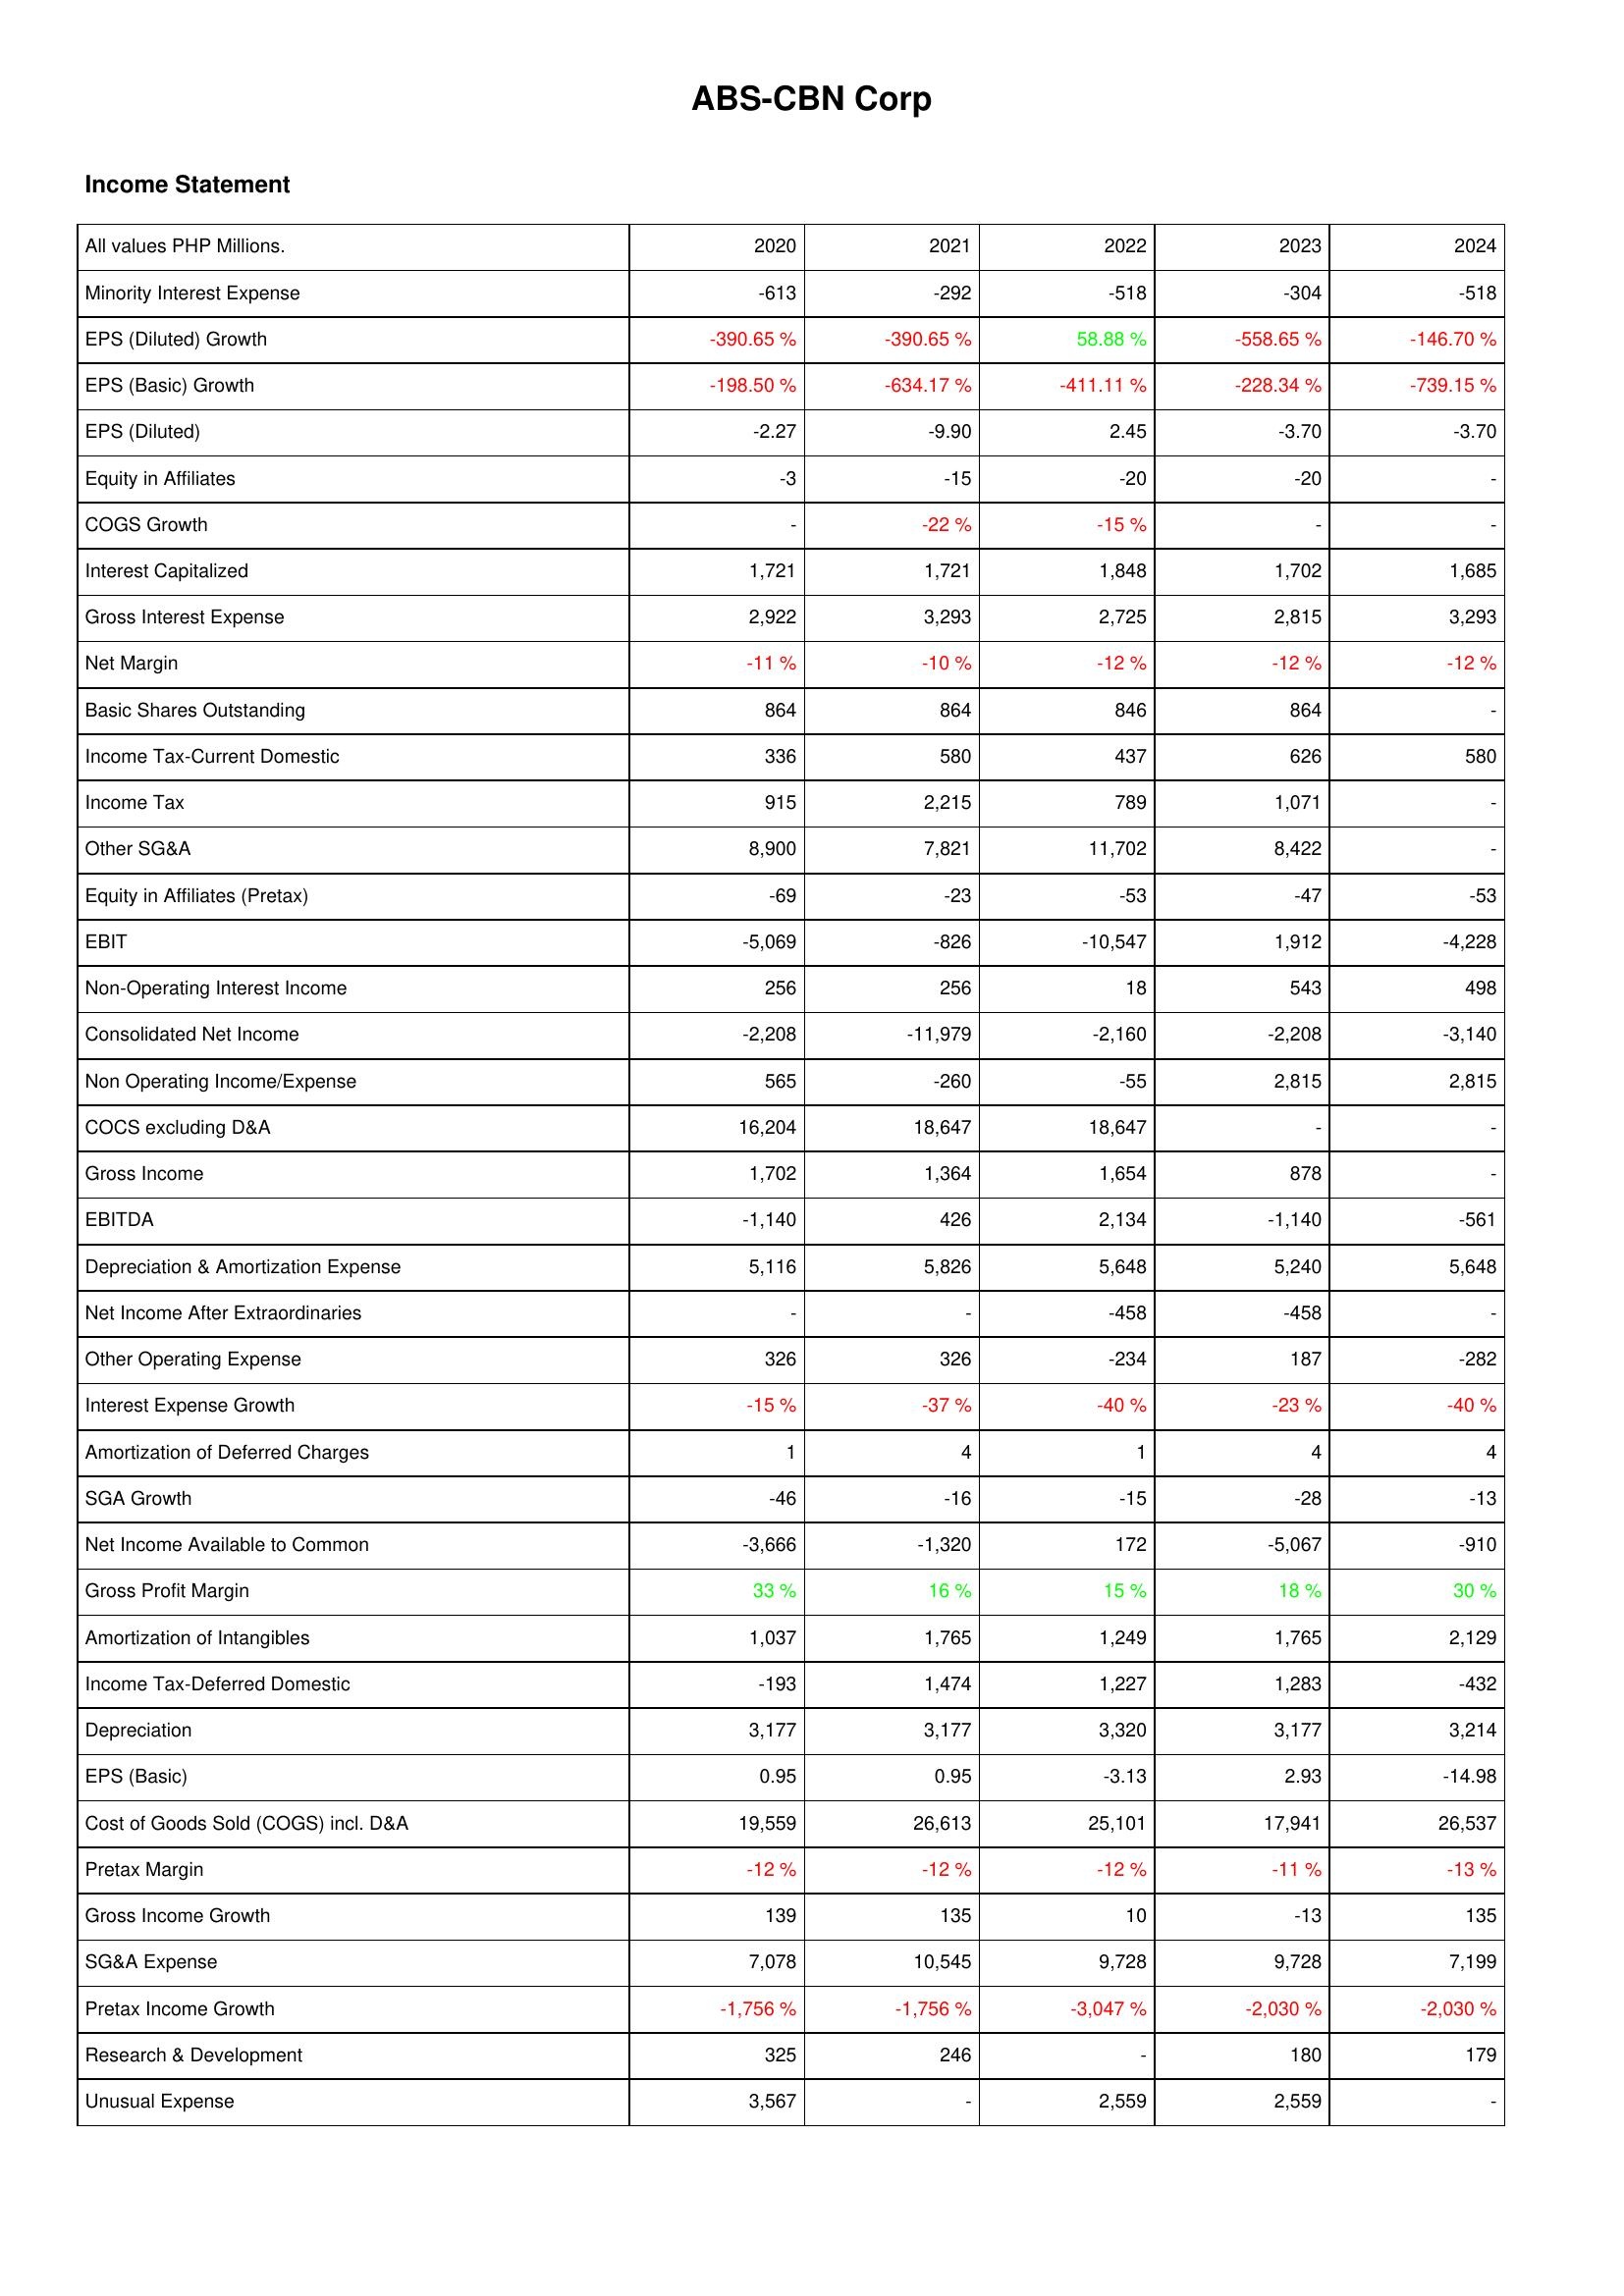
2020: Income Statement: Minority Interest Expense: -613
EPS (Diluted) Growth: -390.65 %
EPS (Basic) Growth: -198.50 %
EPS (Diluted): -2.27
Equity in Affiliates: -3
COGS Growth: -
Interest Capitalized: 1,721
Gross Interest Expense: 2,922
Net Margin: -11 %
Basic Shares Outstanding: 864
Income Tax-Current Domestic: 336
Income Tax: 915
Other SG&A: 8,900
Equity in Affiliates (Pretax): -69
EBIT: -5,069
Non-Operating Interest Income: 256
Consolidated Net Income: -2,208
Non Operating Income/Expense: 565
COCS excluding D&A: 16,204
Gross Income: 1,702
EBITDA: -1,140
Depreciation & Amortization Expense: 5,116
Net Income After Extraordinaries: -
Other Operating Expense: 326
Interest Expense Growth: -15 %
Amortization of Deferred Charges: 1
SGA Growth: -46
Net Income Available to Common: -3,666
Gross Profit Margin: 33 %
Amortization of Intangibles: 1,037
Income Tax-Deferred Domestic: -193
Depreciation: 3,177
EPS (Basic): 0.95
Cost of Goods Sold (COGS) incl. D&A: 19,559
Pretax Margin: -12 %
Gross Income Growth: 139
SG&A Expense: 7,078
Pretax Income Growth: -1,756 %
Research & Development: 325
Unusual Expense: 3,567
2021: Income Statement: Minority Interest Expense: -292
EPS (Diluted) Growth: -390.65 %
EPS (Basic) Growth: -634.17 %
EPS (Diluted): -9.90
Equity in Affiliates: -15
COGS Growth: -22 %
Interest Capitalized: 1,721
Gross Interest Expense: 3,293
Net Margin: -10 %
Basic Shares Outstanding: 864
Income Tax-Current Domestic: 580
Income Tax: 2,215
Other SG&A: 7,821
Equity in Affiliates (Pretax): -23
EBIT: -826
Non-Operating Interest Income: 256
Consolidated Net Income: -11,979
Non Operating Income/Expense: -260
COCS excluding D&A: 18,647
Gross Income: 1,364
EBITDA: 426
Depreciation & Amortization Expense: 5,826
Net Income After Extraordinaries: -
Other Operating Expense: 326
Interest Expense Growth: -37 %
Amortization of Deferred Charges: 4
SGA Growth: -16
Net Income Available to Common: -1,320
Gross Profit Margin: 16 %
Amortization of Intangibles: 1,765
Income Tax-Deferred Domestic: 1,474
Depreciation: 3,177
EPS (Basic): 0.95
Cost of Goods Sold (COGS) incl. D&A: 26,613
Pretax Margin: -12 %
Gross Income Growth: 135
SG&A Expense: 10,545
Pretax Income Growth: -1,756 %
Research & Development: 246
Unusual Expense: -
2022: Income Statement: Minority Interest Expense: -518
EPS (Diluted) Growth: 58.88 %
EPS (Basic) Growth: -411.11 %
EPS (Diluted): 2.45
Equity in Affiliates: -20
COGS Growth: -15 %
Interest Capitalized: 1,848
Gross Interest Expense: 2,725
Net Margin: -12 %
Basic Shares Outstanding: 846
Income Tax-Current Domestic: 437
Income Tax: 789
Other SG&A: 11,702
Equity in Affiliates (Pretax): -53
EBIT: -10,547
Non-Operating Interest Income: 18
Consolidated Net Income: -2,160
Non Operating Income/Expense: -55
COCS excluding D&A: 18,647
Gross Income: 1,654
EBITDA: 2,134
Depreciation & Amortization Expense: 5,648
Net Income After Extraordinaries: -458
Other Operating Expense: -234
Interest Expense Growth: -40 %
Amortization of Deferred Charges: 1
SGA Growth: -15
Net Income Available to Common: 172
Gross Profit Margin: 15 %
Amortization of Intangibles: 1,249
Income Tax-Deferred Domestic: 1,227
Depreciation: 3,320
EPS (Basic): -3.13
Cost of Goods Sold (COGS) incl. D&A: 25,101
Pretax Margin: -12 %
Gross Income Growth: 10
SG&A Expense: 9,728
Pretax Income Growth: -3,047 %
Research & Development: -
Unusual Expense: 2,559
2023: Income Statement: Minority Interest Expense: -304
EPS (Diluted) Growth: -558.65 %
EPS (Basic) Growth: -228.34 %
EPS (Diluted): -3.70
Equity in Affiliates: -20
COGS Growth: -
Interest Capitalized: 1,702
Gross Interest Expense: 2,815
Net Margin: -12 %
Basic Shares Outstanding: 864
Income Tax-Current Domestic: 626
Income Tax: 1,071
Other SG&A: 8,422
Equity in Affiliates (Pretax): -47
EBIT: 1,912
Non-Operating Interest Income: 543
Consolidated Net Income: -2,208
Non Operating Income/Expense: 2,815
COCS excluding D&A: -
Gross Income: 878
EBITDA: -1,140
Depreciation & Amortization Expense: 5,240
Net Income After Extraordinaries: -458
Other Operating Expense: 187
Interest Expense Growth: -23 %
Amortization of Deferred Charges: 4
SGA Growth: -28
Net Income Available to Common: -5,067
Gross Profit Margin: 18 %
Amortization of Intangibles: 1,765
Income Tax-Deferred Domestic: 1,283
Depreciation: 3,177
EPS (Basic): 2.93
Cost of Goods Sold (COGS) incl. D&A: 17,941
Pretax Margin: -11 %
Gross Income Growth: -13
SG&A Expense: 9,728
Pretax Income Growth: -2,030 %
Research & Development: 180
Unusual Expense: 2,559
2024: Income Statement: Minority Interest Expense: -518
EPS (Diluted) Growth: -146.70 %
EPS (Basic) Growth: -739.15 %
EPS (Diluted): -3.70
Equity in Affiliates: -
COGS Growth: -
Interest Capitalized: 1,685
Gross Interest Expense: 3,293
Net Margin: -12 %
Basic Shares Outstanding: -
Income Tax-Current Domestic: 580
Income Tax: -
Other SG&A: -
Equity in Affiliates (Pretax): -53
EBIT: -4,228
Non-Operating Interest Income: 498
Consolidated Net Income: -3,140
Non Operating Income/Expense: 2,815
COCS excluding D&A: -
Gross Income: -
EBITDA: -561
Depreciation & Amortization Expense: 5,648
Net Income After Extraordinaries: -
Other Operating Expense: -282
Interest Expense Growth: -40 %
Amortization of Deferred Charges: 4
SGA Growth: -13
Net Income Available to Common: -910
Gross Profit Margin: 30 %
Amortization of Intangibles: 2,129
Income Tax-Deferred Domestic: -432
Depreciation: 3,214
EPS (Basic): -14.98
Cost of Goods Sold (COGS) incl. D&A: 26,537
Pretax Margin: -13 %
Gross Income Growth: 135
SG&A Expense: 7,199
Pretax Income Growth: -2,030 %
Research & Development: 179
Unusual Expense: -